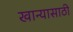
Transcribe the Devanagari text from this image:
खान्यासाठी